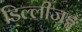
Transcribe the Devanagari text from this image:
डिल्लीजङ्ग